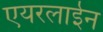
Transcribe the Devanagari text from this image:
एयरलाईन